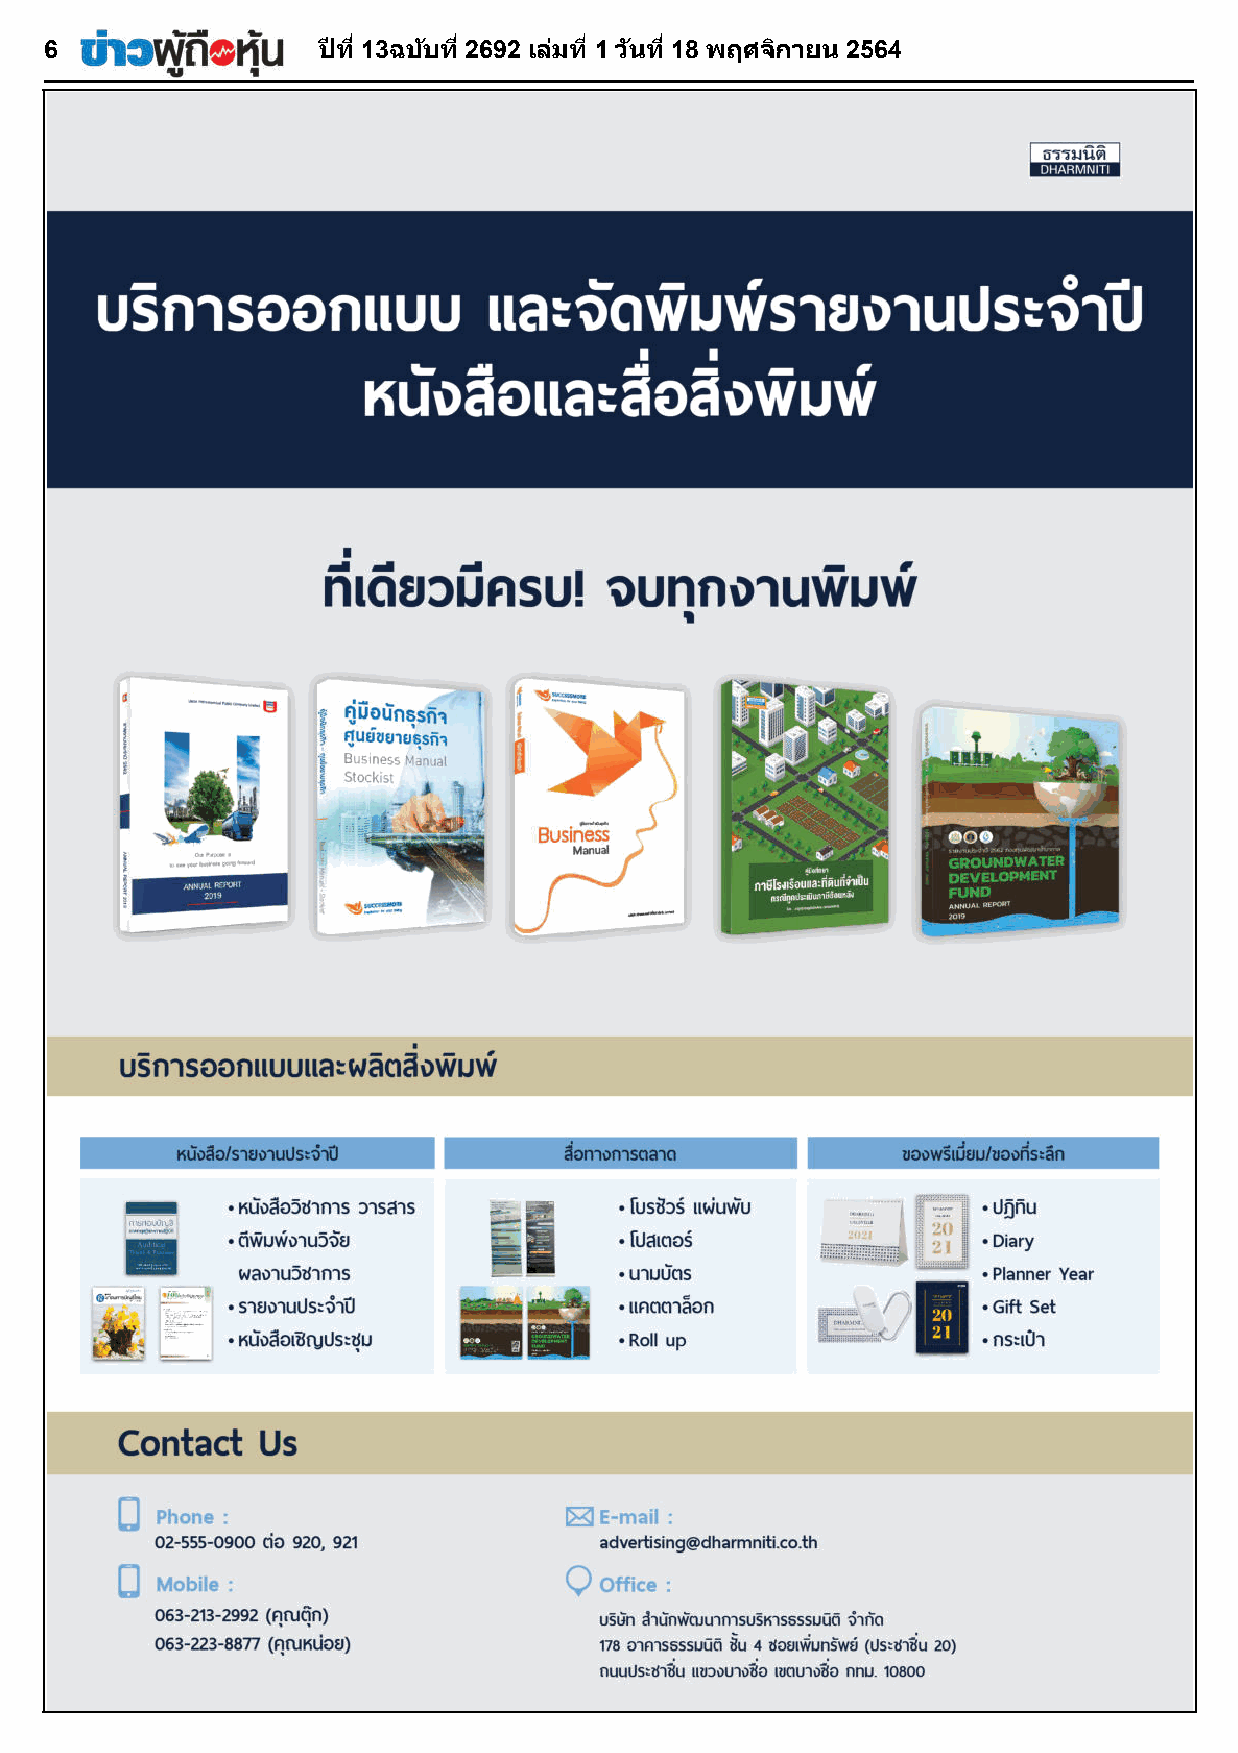
66                ปปีีทท ีี1133ฉฉบบบบัั ทท ีี22669922 เเลลมม่่ ทท ีี11 ววนนัั ทท ีี1188 พพฤฤศศจจกกิิ าายยนน 22556644